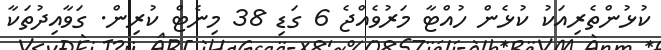
ކުޅުންތެރިއަކު ކުޅެން ހުއްޓާ މަރުވެއްޖެ 6 ގަޑި 38 މިނެޓް ކުރިން. ގަވާއިދުތަކާ